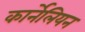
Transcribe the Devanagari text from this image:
कार्नेलियन